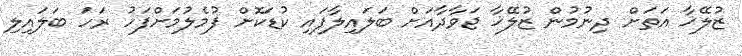
ޒުލޭޚާ އަތަށް ދިނުމުން ޒުލޭޚާ ޖަވާދާއަށް ބަލައިލާފައި ކުޑަކޮށް ފުމެލުމަށްފަހު ރަހަ ބަލައިލި